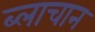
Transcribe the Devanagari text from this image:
ब्लाचान